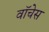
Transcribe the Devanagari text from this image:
वॉचेस